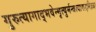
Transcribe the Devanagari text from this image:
गुरुत्यागाद्भवेन्मृत्युर्मन्त्रत्यागाद्दरिद्रता